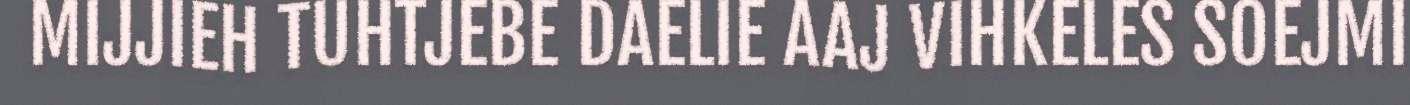
MIJJIEH TUHTJEBE DAELIE AAJ VIHKELES SOEJMI